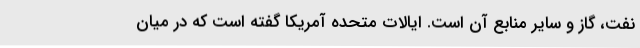
نفت، گاز و سایر منابع آن است. ایالات متحده آمریکا گفته است که در میان